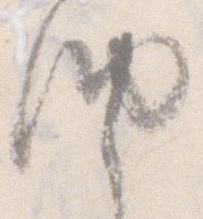
納